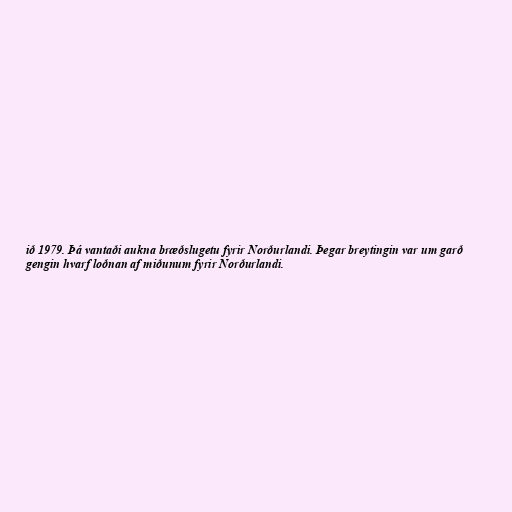
ið 1979. Þá vantaði aukna bræðslugetu fyrir Norðurlandi. Þegar breytingin var um garð
gengin hvarf loðnan af miðunum fyrir Norðurlandi.